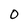
Character: 0